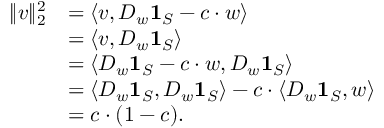
\begin{array} { r l } { \| v \| _ { 2 } ^ { 2 } } & { = \langle v , D _ { w } \mathbf { 1 } _ { S } - c \cdot w \rangle } \\ & { = \langle v , D _ { w } \mathbf { 1 } _ { S } \rangle } \\ & { = \langle D _ { w } \mathbf { 1 } _ { S } - c \cdot w , D _ { w } \mathbf { 1 } _ { S } \rangle } \\ & { = \langle D _ { w } \mathbf { 1 } _ { S } , D _ { w } \mathbf { 1 } _ { S } \rangle - c \cdot \langle D _ { w } \mathbf { 1 } _ { S } , w \rangle } \\ & { = c \cdot ( 1 - c ) . } \end{array}